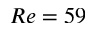
R e = 5 9